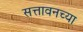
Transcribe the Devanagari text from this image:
सत्तावनच्या